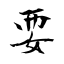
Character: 耍